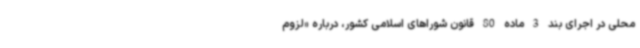
محلی در اجرای بند 3 ماده 80 قانون شوراهای اسلامی کشور، درباره «لزوم